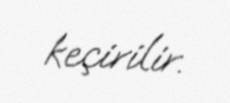
keçirilir.